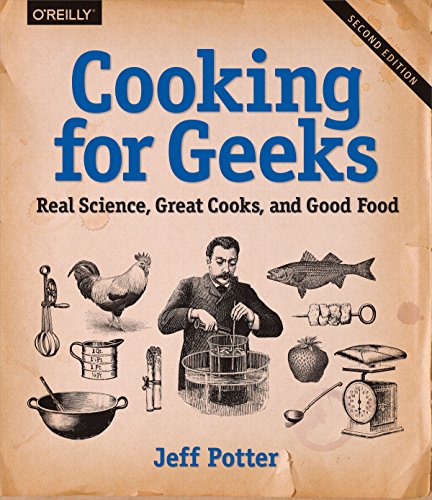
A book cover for Cooking for Geeks: Real Science, Great Cooks, and Good Food; Jeff Potter; Science & Math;